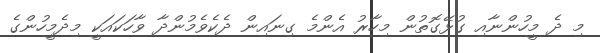
މި ދެ މީހުންނާއި ގުޅޭގޮތުން މިހާރު އެންމެ ގިނައިން ދެކެވެމުންދާ ވާހަކައަކީ މިދެމީހުންގެ